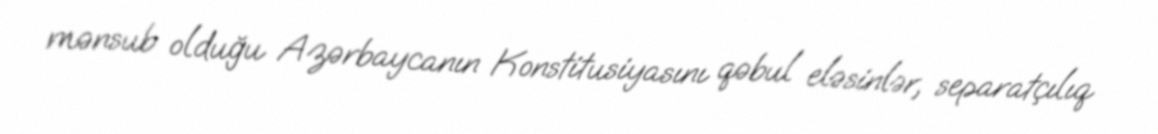
mənsub olduğu Azərbaycanın Konstitusiyasını qəbul eləsinlər, separatçılıq